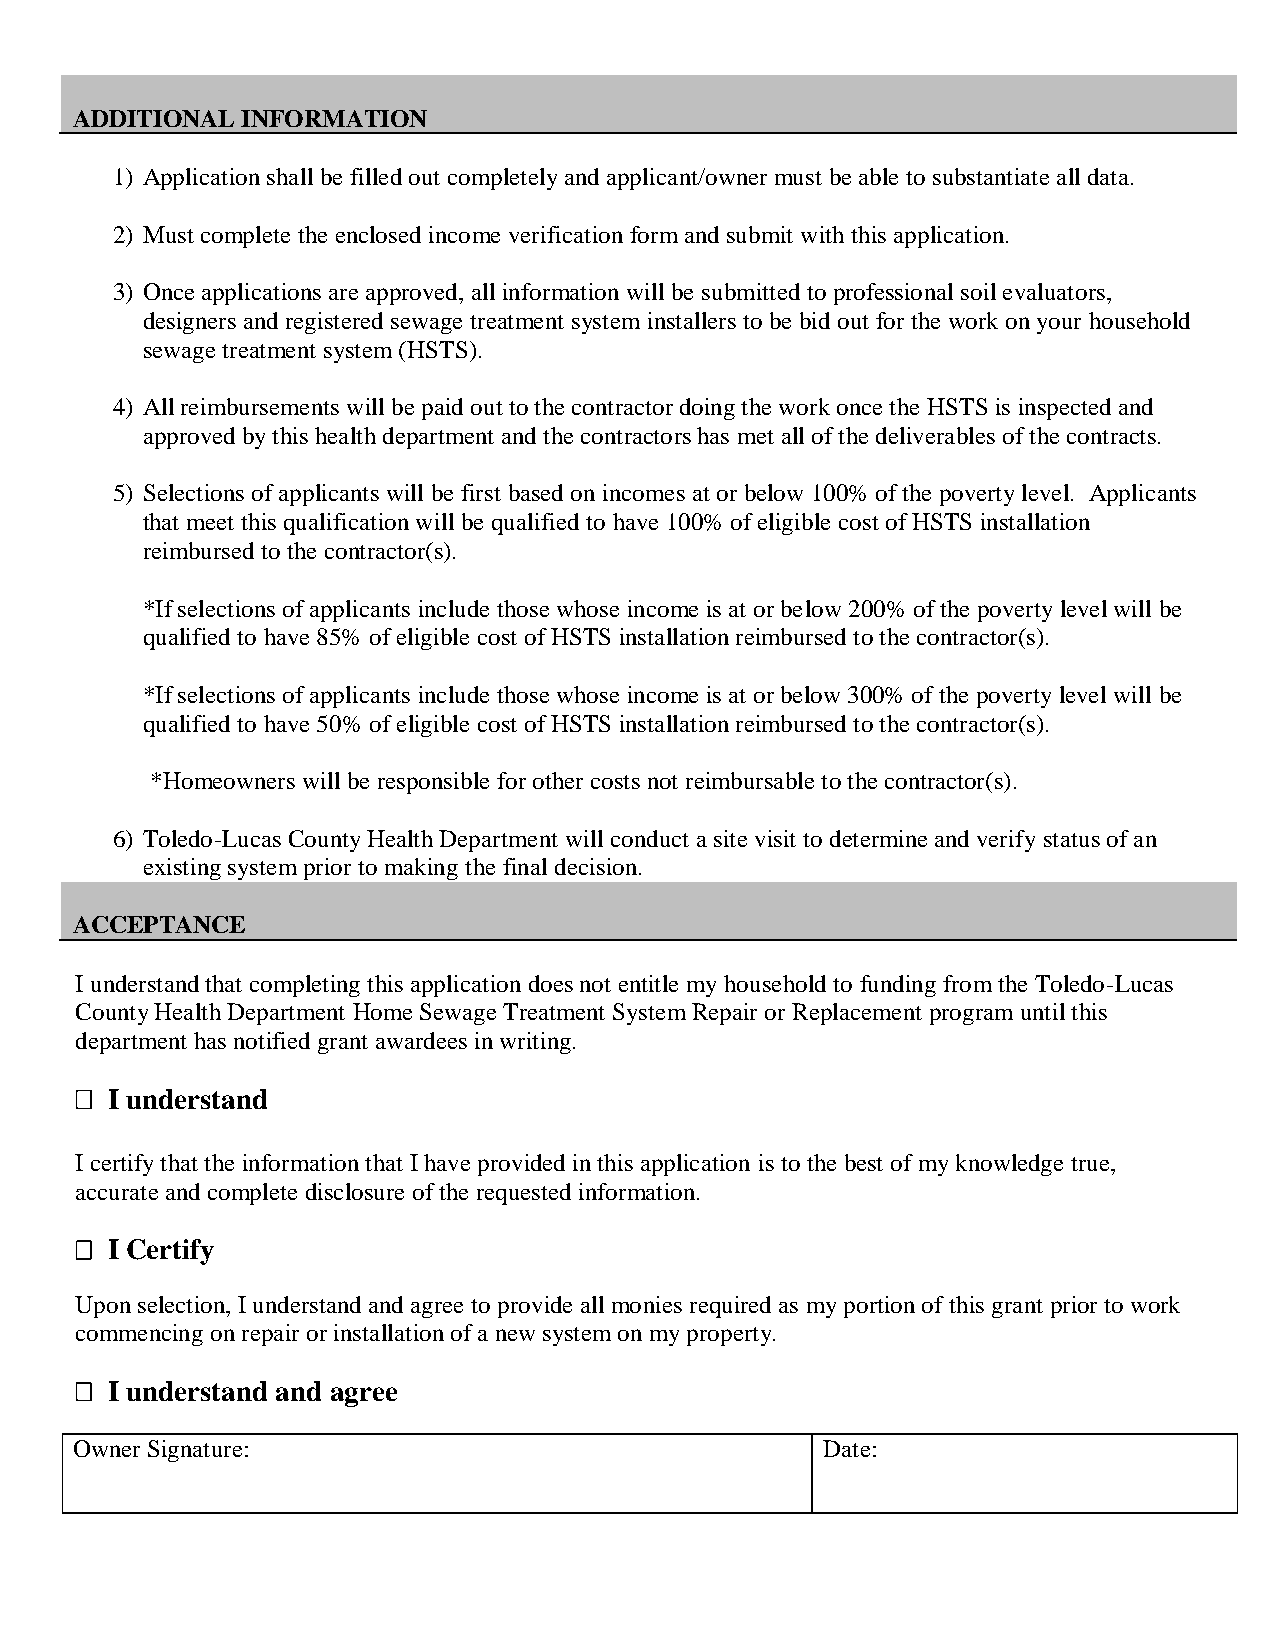
ADDITIONAL INFORMATION
 1) Application shall be filled out completely and applicant/owner must be able to substantiate all data.
 2) Must complete the enclosed income verification form and submit with this application.
 3) Once applications are approved, all information will be submitted to professional soil evaluators,
 designers and registered sewage treatment system installers to be bid out for the work on your household
 sewage treatment system (HSTS).
 4) All reimbursements will be paid out to the contractor doing the work once the HSTS is inspected and
 approved by this health department and the contractors has met all of the deliverables of the contracts.
 5) Selections of applicants will be first based on incomes at or below 100% of the poverty level. Applicants
 that meet this qualification will be qualified to have 100% of eligible cost of HSTS installation
 reimbursed to the contractor(s).
 *If selections of applicants include those whose income is at or below 200% of the poverty level will be
 qualified to have 85% of eligible cost of HSTS installation reimbursed to the contractor(s).
 *If selections of applicants include those whose income is at or below 300% of the poverty level will be
 qualified to have 50% of eligible cost of HSTS installation reimbursed to the contractor(s).
 *Homeowners will be responsible for other costs not reimbursable to the contractor(s).
 6) Toledo-Lucas County Health Department will conduct a site visit to determine and verify status of an
 existing system prior to making the final decision.
 ACCEPTANCE
 I understand that completing this application does not entitle my household to funding from the Toledo-Lucas
 County Health Department Home Sewage Treatment System Repair or Replacement program until this
 department has notified grant awardees in writing.
  I understand
 I certify that the information that I have provided in this application is to the best of my knowledge true,
 accurate and complete disclosure of the requested information.
  I Certify
 Upon selection, I understand and agree to provide all monies required as my portion of this grant prior to work
 commencing on repair or installation of a new system on my property.
  I understand and agree
 Owner Signature:                                  Date: